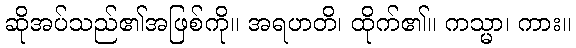
ဆိုအပ်သည်၏အဖြစ်ကို။ အရဟတိ၊ ထိုက်၏။ ကသ္မာ၊ ကား။